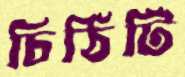
চিঠিটি